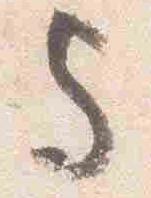
与